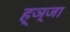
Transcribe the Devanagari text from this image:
ह्ञ्जा